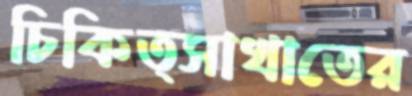
চিকিত্সাখাতের